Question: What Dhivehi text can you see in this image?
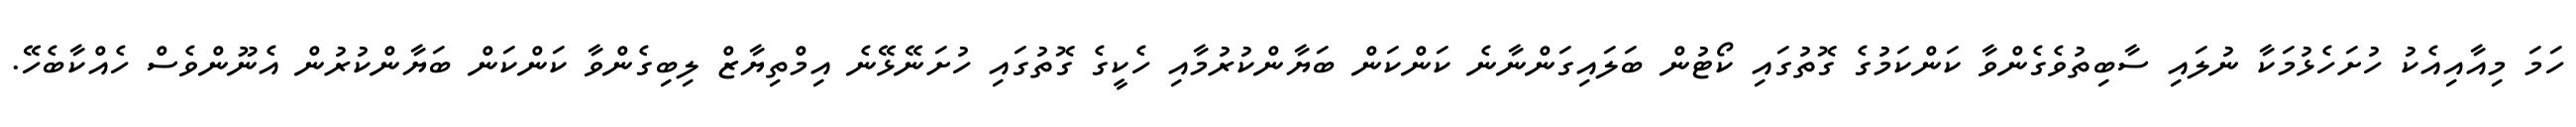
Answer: ހަމަ މިއާއިއެކު ހުށަހެޅުމަކާ ނުލައި ސާބިތުވެގެންވާ ކަންކަމުގެ ގޮތުގައި ކޯޓުން ބަލައިގަންނާނެ ކަންކަން ބަޔާންކުރުމާއި ހެކީގެ ގޮތުގައި ހުށަނޭޅޭނެ އިމްތިޔާޒް ލިބިގެންވާ ކަންކަން ބަޔާންކުރުން އެނޫންވެސް ހެއްކާބެހޭ.